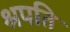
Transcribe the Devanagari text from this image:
श्रपति